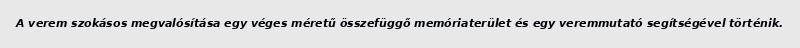
A verem szokásos megvalósítása egy véges méretű összefüggő memóriaterület és egy veremmutató segítségével történik.